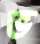
ভ